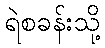
ရဲစခန်းသို့